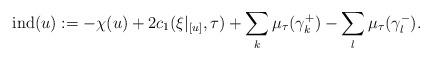
LaTeX: \begin{align*} \mathrm{ind}(u):=-\chi(u)+2c_{1}(\xi|_{[u]},\tau)+\sum_{k}\mu_{\tau}(\gamma_{k}^{+})-\sum_{l}\mu_{\tau}(\gamma_{l}^{-}).\end{align*}